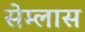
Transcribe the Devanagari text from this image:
सेम्लास